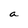
Character: a